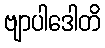
ဗျာပါဒေါတိ